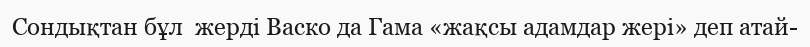
Сондықтан бұл  жерді Васко да Гама «жақсы адамдар жері» деп атай-